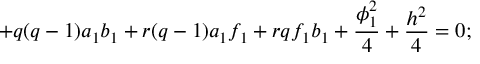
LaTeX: + q ( q - 1 ) a _ { 1 } b _ { 1 } + r ( q - 1 ) a _ { 1 } f _ { 1 } + r q f _ { 1 } b _ { 1 } + \frac { \phi _ { 1 } ^ { 2 } } { 4 } + \frac { h ^ { 2 } } { 4 } = 0 ;